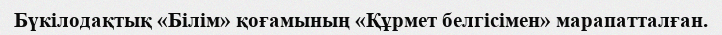
Бүкілодақтық «Білім» қоғамының «Құрмет белгісімен» марапатталған.